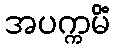
အပက္ကမိံ